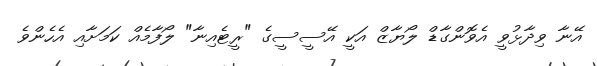
އޭނާ ވިދާޅުވީ އެވޮންގާޑް ލޯޔާޒް އަކީ އޭސީސީގެ "ރީޓެއިނާ" ލޯފާމެއް ކަމަށާއި އެހެންވެ